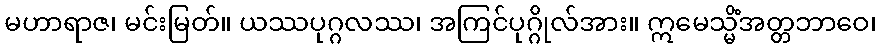
မဟာရာဇ၊ မင်းမြတ်။ ယဿပုဂ္ဂလဿ၊ အကြင်ပုဂ္ဂိုလ်အား။ ဣမေသ္မိံအတ္တဘာဝေ၊